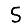
Digit: 5